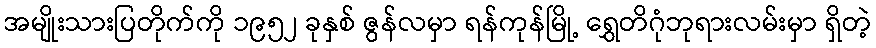
အမျိုးသားပြတိုက်ကို ၁၉၅၂ ခုနှစ် ဇွန်လမှာ ရန်ကုန်မြို့ ရွှေတိဂုံဘုရားလမ်းမှာ ရှိတဲ့